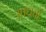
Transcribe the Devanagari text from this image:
आधत्तां